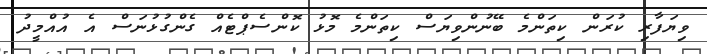
ވިޔަފާރި ކުރަން ކިތަންމެ ބޭނުންވިޔަސް ކިތަންމެ މޮޅު ކޮންސެޕްޓެއް ގެންގުޅުނަސް އެ އުއްމީދު